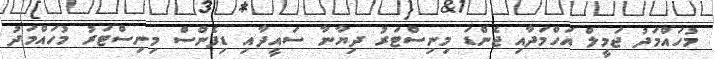
މުހައްމަދު ޖަމީލް އަހްމަދާއި ޖެންޑަ މިނިސްޓަރު ދިޔާނާ ސައީދާއި ޑިފެންސް މިނިސްޓަރު މުހައްމަދު